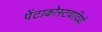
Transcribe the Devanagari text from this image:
पेंटाकोस्टवादियों